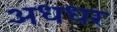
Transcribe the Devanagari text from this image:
अधधर